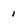
Character: 1